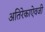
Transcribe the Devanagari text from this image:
अतिरेकाऐवजी